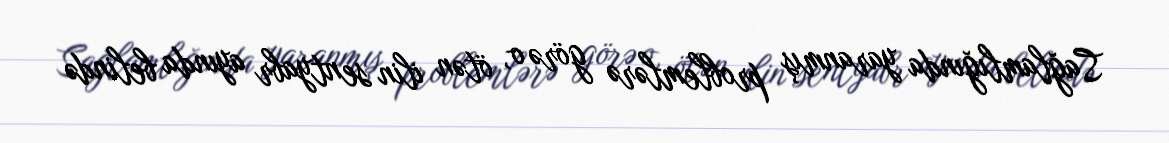
Sağlamlığında yaranmış problemlərə görə o, ötən ilin sentyabr ayında belində